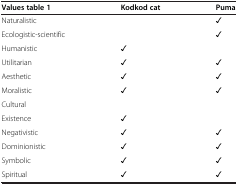
<table><thead><tr><td><b>Values table 1</b></td><td><b>Kodkod cat</b></td><td><b>Puma</b></td></tr></thead><tbody><tr><td>Naturalistic</td><td> </td><td>✓</td></tr><tr><td>Ecologistic-scientific</td><td> </td><td>✓</td></tr><tr><td>Humanistic</td><td>✓</td><td> </td></tr><tr><td>Utilitarian</td><td>✓</td><td>✓</td></tr><tr><td>Aesthetic</td><td>✓</td><td>✓</td></tr><tr><td>Moralistic</td><td>✓</td><td>✓</td></tr><tr><td>Cultural</td><td> </td><td> </td></tr><tr><td>Existence</td><td>✓</td><td> </td></tr><tr><td>Negativistic</td><td>✓</td><td>✓</td></tr><tr><td>Dominionistic</td><td>✓</td><td>✓</td></tr><tr><td>Symbolic</td><td>✓</td><td>✓</td></tr><tr><td>Spiritual</td><td>✓</td><td>✓</td></tr></tbody></table>